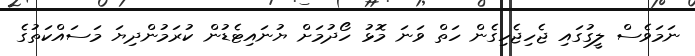
ނަމަވެސް ލީގުގައި ޖެހިޖެހިގެން ހަތް ވަނަ މޮޅު ހޯދުމަށް ޔުނައިޓެޑުން ކުރަމުންދިޔަ މަސައްކަތުގެ